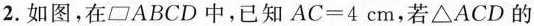
2.如图，在▱ABCD中，已知 $$A C = 4 c m$$，若△ACD的